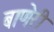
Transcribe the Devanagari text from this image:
बाणेरी